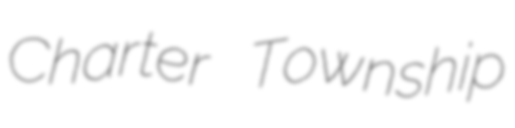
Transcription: Charter Township